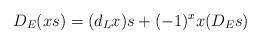
LaTeX: \begin{align*}D_E(x s) = (d_L x) s + (-1)^{x} x( D_Es)\end{align*}